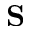
\mathbf { S }